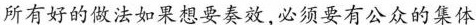
所有好的做法如果想要奏效，必须要有公众的集体